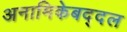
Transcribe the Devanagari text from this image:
अनामिकेबद्दल